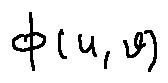
\phi ( u , v )